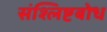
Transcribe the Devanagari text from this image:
संश्लिष्टबोध